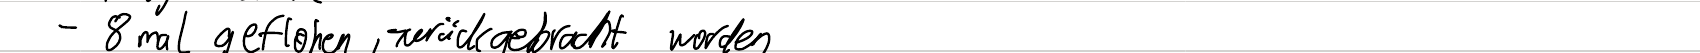
- 8 mal geflohen, zurückgebracht worden